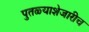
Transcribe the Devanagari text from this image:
पुतळ्याशेजारीच